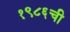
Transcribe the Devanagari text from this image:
१९८६ची